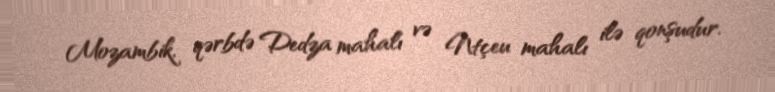
Mozambik, qərbdə Dedza mahalı və Ntçeu mahalı ilə qonşudur.